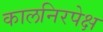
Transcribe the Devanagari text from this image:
कालनिरपेक्ष